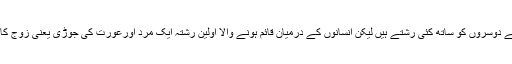
ہرانسان کے دوسروں کو ساتھ کئی رشتے ہیں لیکن انسانوں کے درمیان قائم ہونے والا اولین رشتہ ایک مرد اورعورت کی جوڑی یعنی زوج کا رشتہ تھا۔